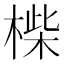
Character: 𣖧